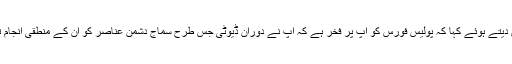
تقریب میں آئی جی پنجاب نے انعامات حاصل کرنے والے افسر وں اور اہلکار وں کو شاباش دیتے ہوئے کہا کہ پولیس فورس کو آپ پر فخر ہے کہ آپ نے دوران ڈیوٹی جس طرح سماج دشمن عناصر کو ان کے منطقی انجام تک پہنچانے کے لئے کام کیا وہ پولیس فورس کے دیگر ممبران کے لئے بھی قابل تقلید ہے۔